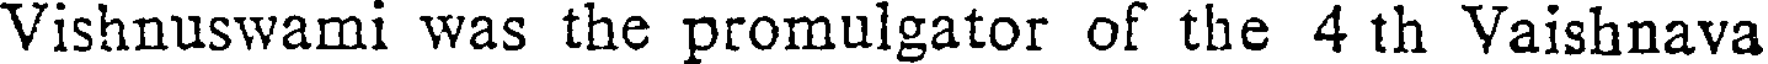
Vishnuswami was the promulgator of the 4 th Vaishnava